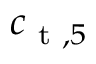
c _ { \textup { t } , 5 }